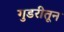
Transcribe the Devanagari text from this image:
गुडरीतून